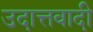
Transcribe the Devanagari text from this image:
उदात्तवादी